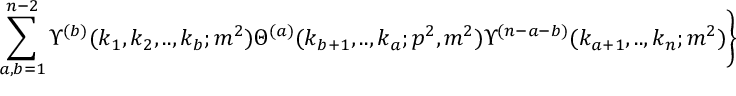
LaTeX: \sum _ { a , b = 1 } ^ { n - 2 } \Upsilon ^ { ( b ) } ( k _ { 1 } , k _ { 2 } , . . , k _ { b } ; m ^ { 2 } ) \Theta ^ { ( a ) } ( k _ { b + 1 } , . . , k _ { a } ; p ^ { 2 } , m ^ { 2 } ) \Upsilon ^ { ( n - a - b ) } ( k _ { a + 1 } , . . , k _ { n } ; m ^ { 2 } ) \Bigg \}